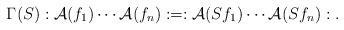
LaTeX: \begin{align*}\Gamma(S):\mathcal{A}(f_1)\cdots \mathcal{A}(f_n):=:\mathcal{A}(S f_1)\cdots \mathcal{A}(S f_n):.\end{align*}